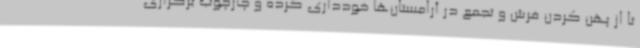
تا از پهن کردن فرش و تجمع در آرامستان‌ها خودداری کرده و چارچوب برگزاری